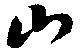
山